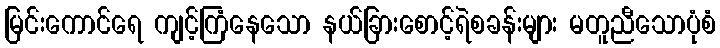
မြင်းကောင်ရေ ကျင့်ကြံနေသော နယ်ခြားစောင့်ရဲစခန်းများ မတူညီသောပုံစံ